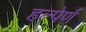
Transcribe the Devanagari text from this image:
हल्पेर्ण